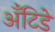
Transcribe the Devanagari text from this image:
अँटिडे